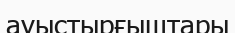
ауыстырғыштары